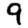
Digit: 9